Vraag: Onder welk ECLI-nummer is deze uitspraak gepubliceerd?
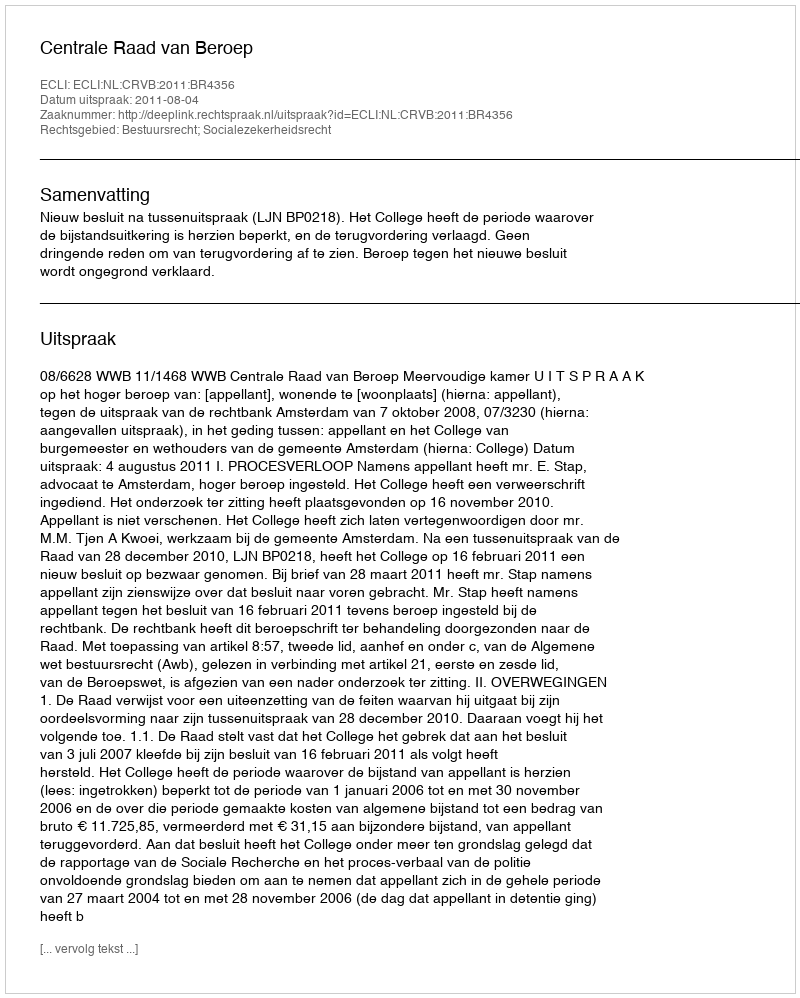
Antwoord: ECLI:NL:CRVB:2011:BR4356